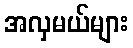
အလှမယ်များ